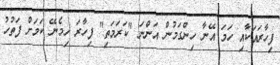
ފިހާރައަކާއި ހަމަ އޭނާ ހިންގަމުން އަންނަ "ކަރަމަތި" ފިހާރަ ހިމެނޭ ކަމަށް ފަތުހު